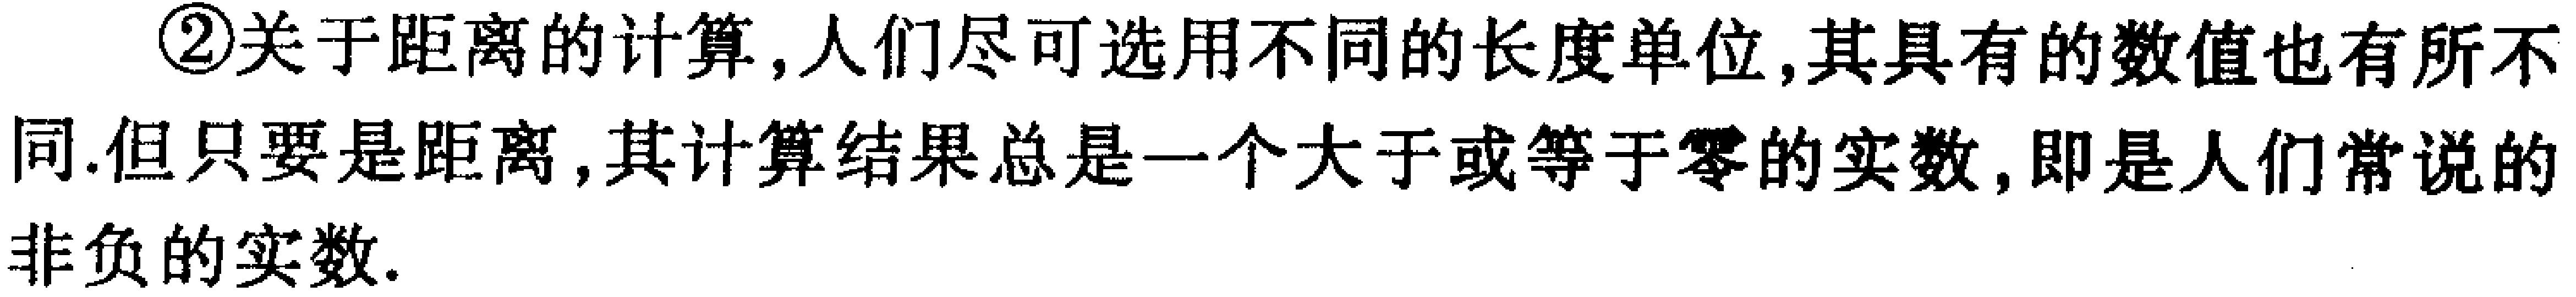
\textcircled{2}关于距离的计算,人们尽可选用不同的长度单位,其具有的数值也有所不同.但只要是距离,其计算结果总是一个大于或等于零的实数,即是人们常说的非负的实数.